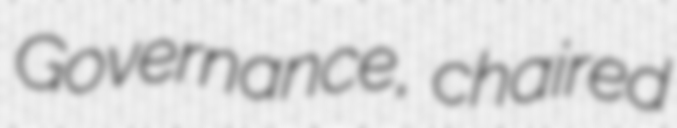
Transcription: Governance, chaired